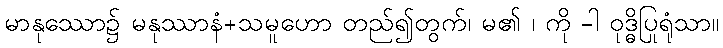
မာနုဿော၌ မနုဿာနံ+သမူဟော တည်၍တွက်၊ မ၏ ၊ ကို -ါ ဝုဒ္ဓိပြုရုံသာ။